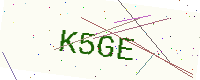
Text: K5GE